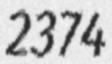
2374